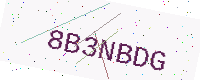
Text: 8B3NBDG